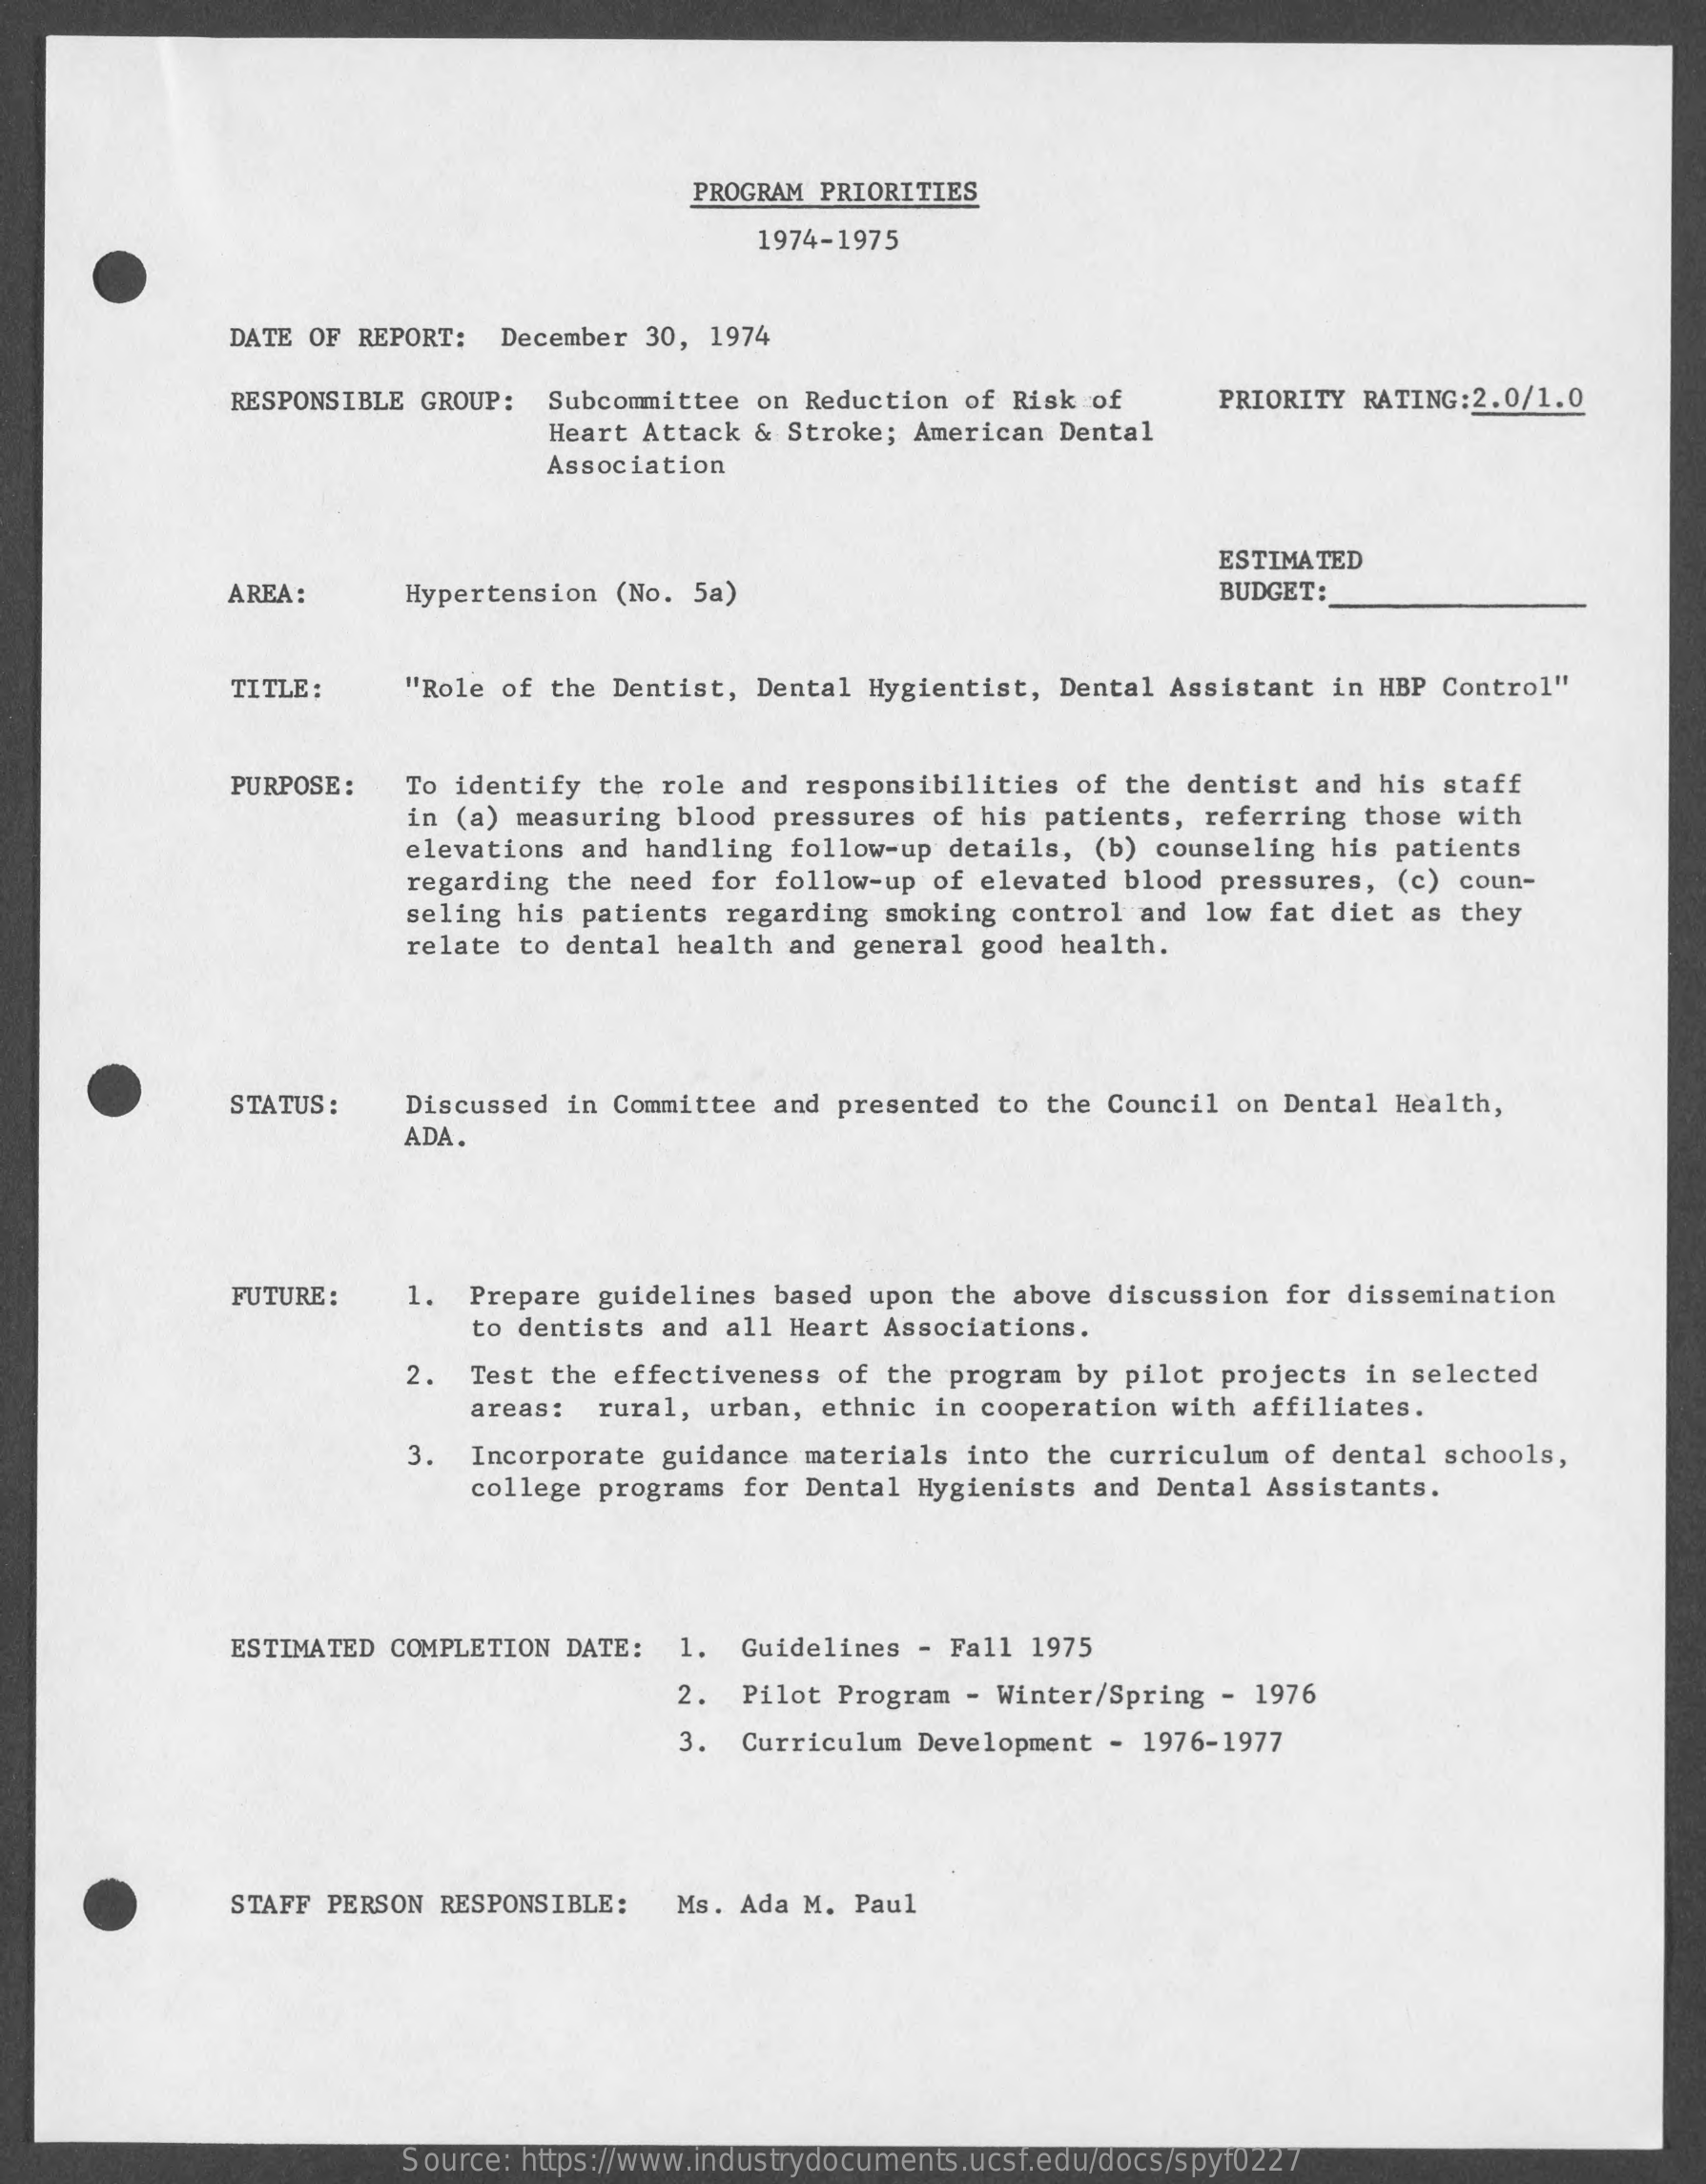
PROGRAM PRIORITIES
     1974-1975
     DATE OF REPORT: December 30, 1974
     RESPONSIBLE GROUP: Subcommittee on Reduction of Risk of PRIORITY RATING:2.0/1.0
     Heart Attack & Stroke; American Dental
     Association
     ESTIMATED
     AREA:    Hypertension (No. 5a)    BUDGET:
     TITLE:   "Role of the Dentist, Dental Hygientist, Dental Assistant in HBP Control"
     PURPOSE : To identify the role and responsibilities of the dentist and his staff
     in (a) measuring blood pressures of his patients, referring those with
     elevations and handling follow-up details, (b) counseling his patients
     regarding the need for follow-up of elevated blood pressures, (c) coun-
     seling his patients regarding smoking control and low fat diet as they
     relate to dental health and general good health.
     STATUS : Discussed in Committee and presented to the Council on Dental Health,
     ADA.
     FUTURE : 1. Prepare guidelines based upon the above discussion for dissemination
     to dentists and all Heart Associations.
     2.  Test the effectiveness of the program by pilot projects in selected
     areas: rural, urban, ethnic in cooperation with affiliates.
     3.  Incorporate guidance materials into the curriculum of dental schools,
     college programs for Dental Hygienists and Dental Assistants.
     ESTIMATED COMPLETION DATE: 1. Guidelines - Fall 1975
     2. Pilot Program - Winter/Spring - 1976
     3. Curriculum Development - 1976-1977
     STAFF PERSON RESPONSIBLE: Ms. Ada M. Paul
     Source: https://www.industrydocuments.ucsf.edu/docs/spyf0227